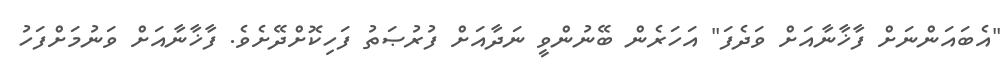
"އެބައަންނަށް ފާޚާނާއަށް ވަދެފަ" އަހަރެން ބޭނުންވީ ނަދާއަށް ފުރުޞަތު ފަހިކޮށްދޭށެވެ. ފާޚާނާއަށް ވަނުމަށްފަހު